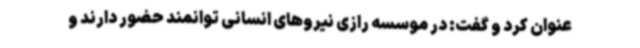
عنوان کرد و گفت: در موسسه رازی نیروهای انسانی توانمند حضور دارند و